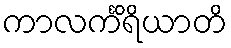
ကာလင်္ကိရိယာတိ